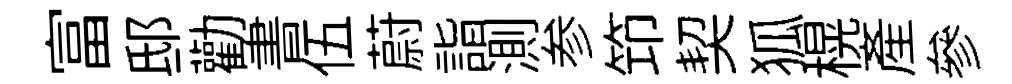
富邸勸書伍蔚詣測参笻契狐榥產參